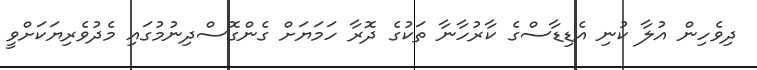
ދިވެހިން އުލާ ކުނި އެޑިޑާސްގެ ކާރުހާނާ ތަކުގެ ދޮރާ ހަމަޔަށް ގެންގޮސްދިނުމުގައި މެދުވެރިޔަކަށްވީ